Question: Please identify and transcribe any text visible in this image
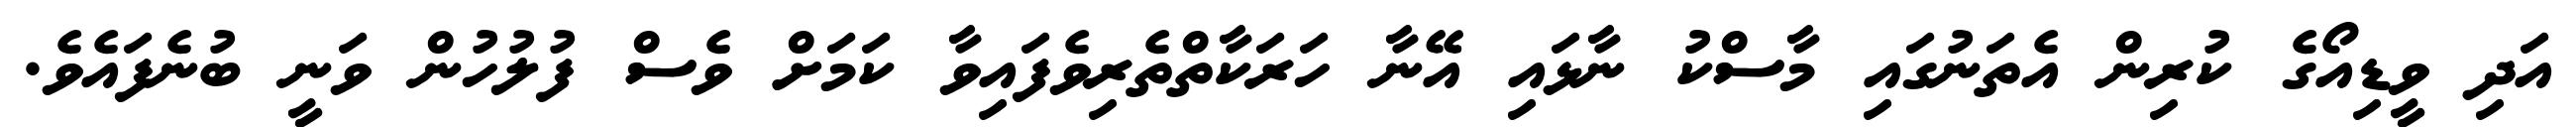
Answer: އަދި ވީޑިއޯގެ ކުރިން އެތަނުގައި މާސްކު ނާޅައި އޭނާ ހަރަކާތްތެރިވެފައިވާ ކަމަށް ވެސް ފުލުހުން ވަނީ ބުނެފައެވެ.